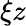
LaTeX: \xi{z}